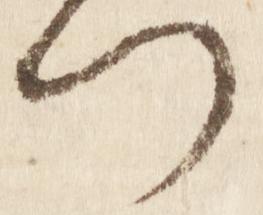
つ